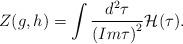
LaTeX: \begin{align*}Z(g,h) = \int \frac{{d}^{2} \tau}{{(Im \tau)}^{2}} {\cal H}(\tau).\end{align*}